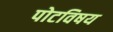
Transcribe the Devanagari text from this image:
पोटविषय